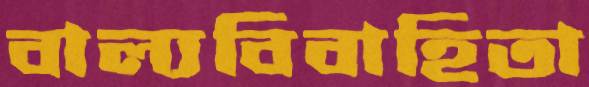
বাল্যবিবাহিতা